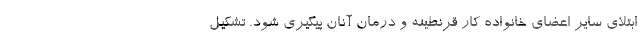
ابتلای سایر اعضای خانواده کار قرنطینه و درمان آنان پیگیری شود. تشکیل